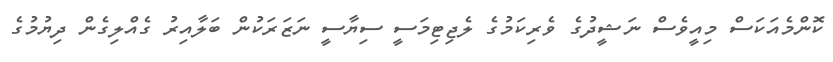
ކޮންމެއަކަސް މިއީވެސް ނަޝީދުގެ ވެރިކަމުގެ ލެޖިޓިމަސީ ސިޔާސީ ނަޒަރަކުން ބަލާއިރު ގެއްލިގެން ދިޔުމުގެ